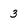
Character: 3